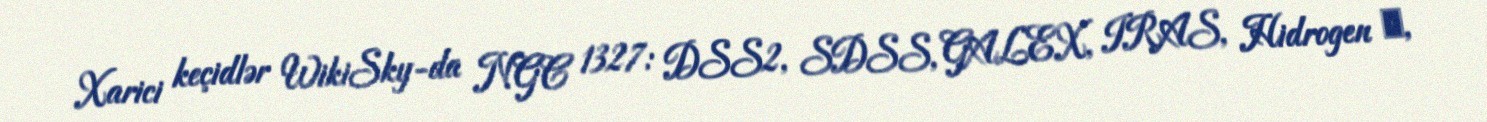
Xarici keçidlər WikiSky-da NGC 1327: DSS2, SDSS, GALEX, IRAS, Hidrogen α,